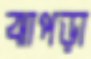
ঝাপড়া